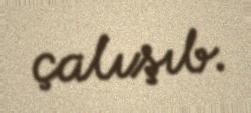
çalışıb.